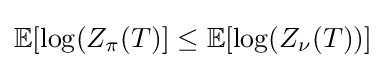
\mathbb {E} [\log(Z_{\pi }(T)]\leq \mathbb {E} [\log(Z_{\nu }(T))]